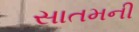
સાતમની